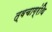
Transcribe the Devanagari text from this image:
त्वचाग्रंथि